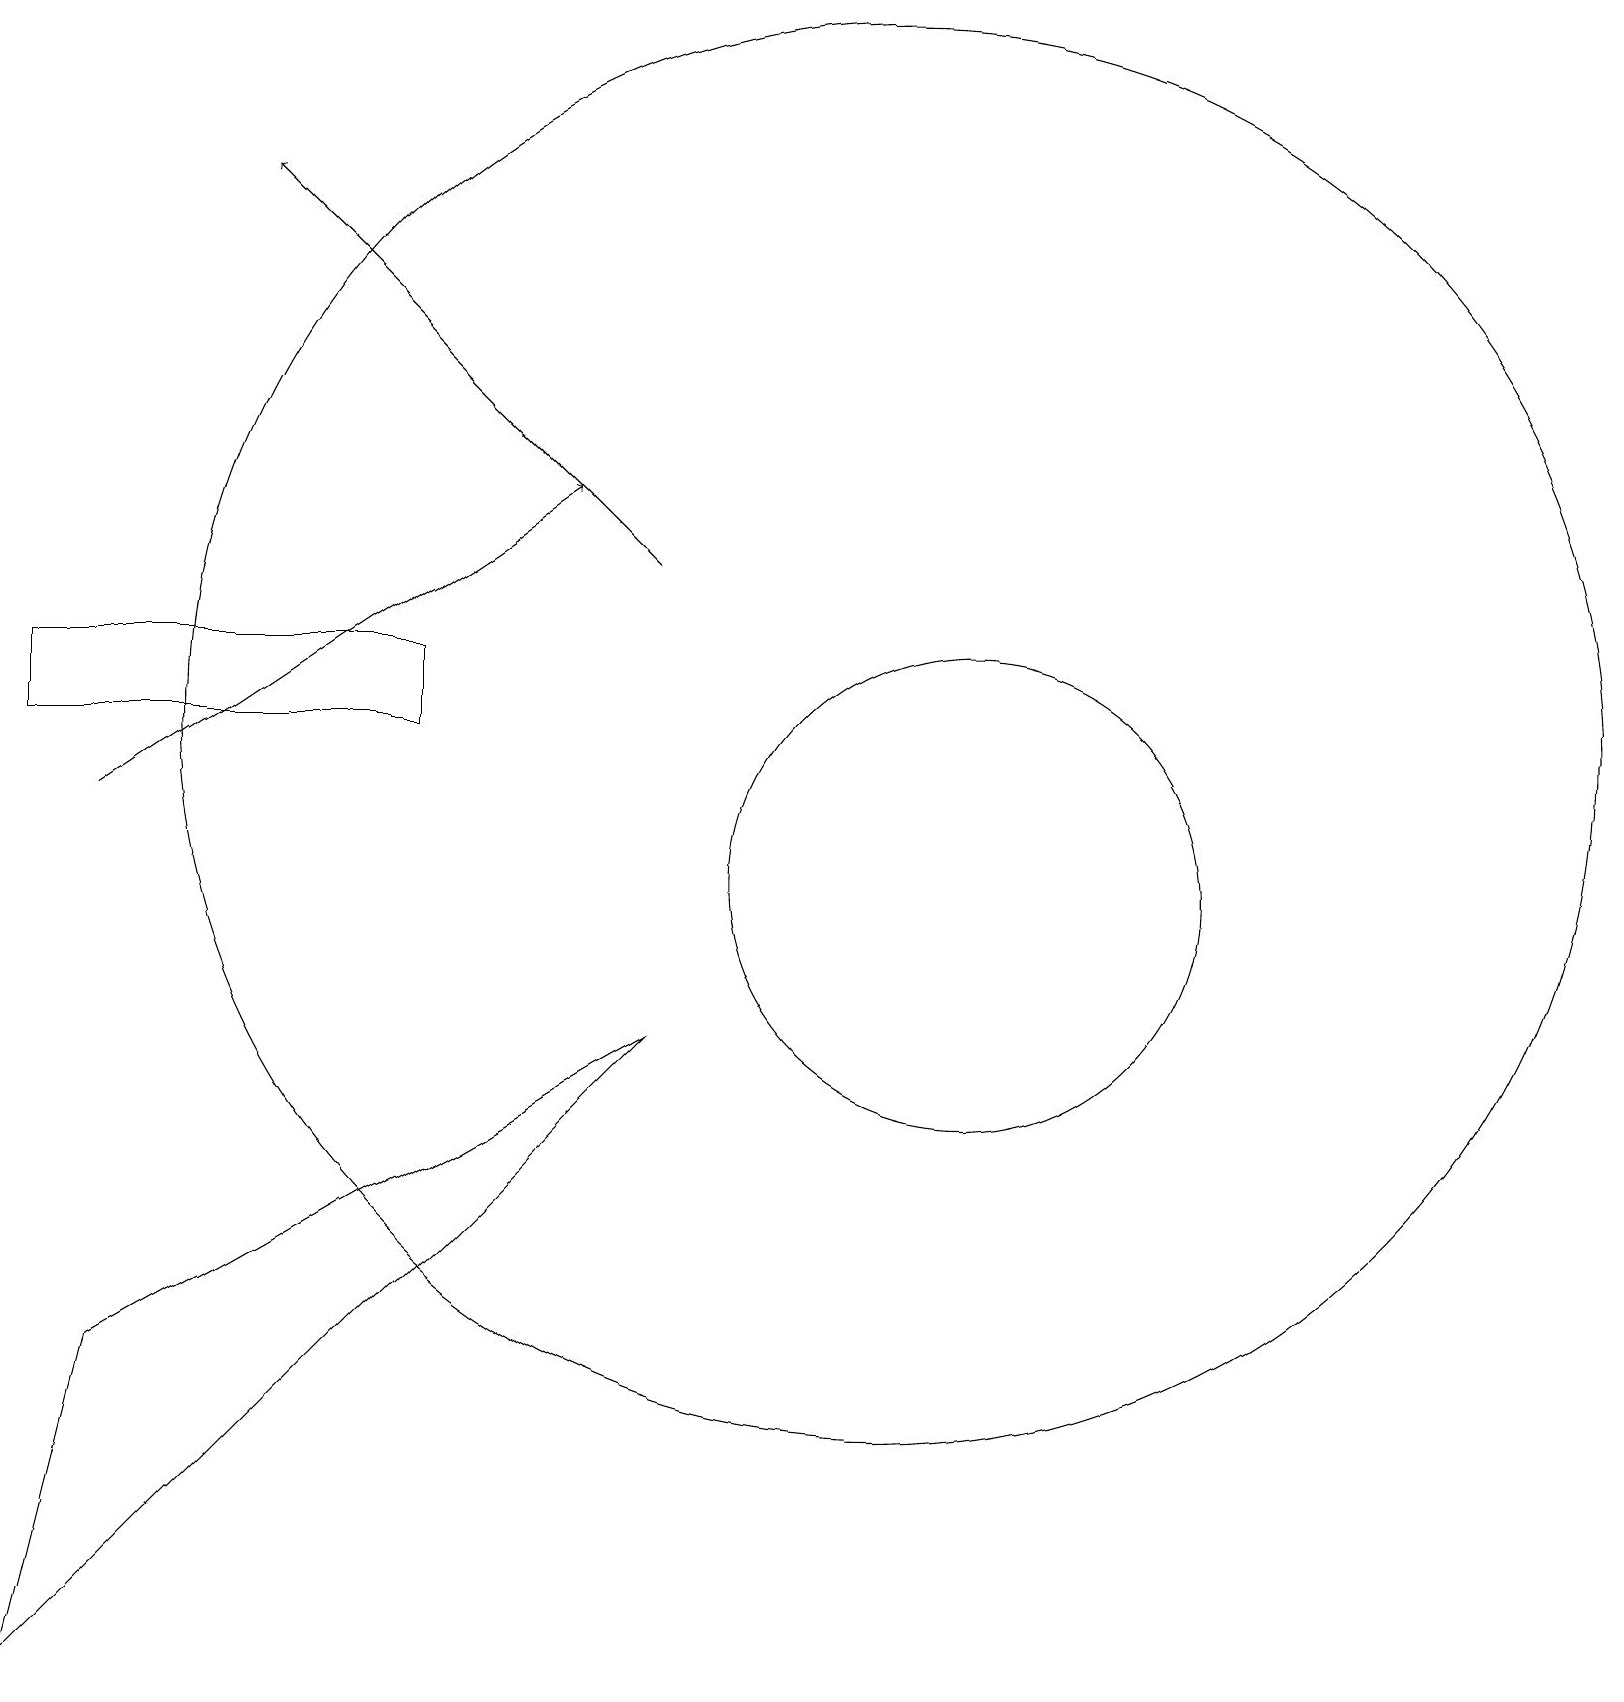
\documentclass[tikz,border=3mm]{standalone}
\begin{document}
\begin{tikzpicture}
\draw (1,4) -- (8,8) -- (0,0) -- cycle;
\draw (12,10) circle (3);
\draw (0,12) rectangle (5,13);
\draw[->] (1,11) -- (7,15);
\draw[->] (8,14) -- (3,19);
\draw (11,12) circle (9);
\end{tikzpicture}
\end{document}